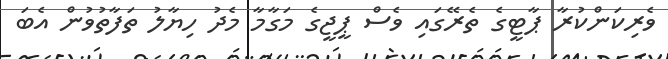
ވެރިކަންކުރާ ޕާޓީގެ ތެރޭގައި ވެސް ޕީޖީގެ މަގާމާ މެދު ހިޔާލު ތަފާތުވުން އެބަ